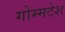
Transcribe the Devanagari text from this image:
गोम्मटेश